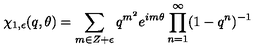
\chi _ { 1 , \epsilon } ( q , \theta ) = \sum _ { m \in Z + \epsilon } q ^ { m ^ { 2 } } e ^ { i m \theta } \prod _ { n = 1 } ^ { \infty } ( 1 - q ^ { n } ) ^ { - 1 }